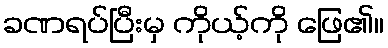
ခဏရပ်ပြီးမှ ကိုယ့်ကို ဖြေ၏။